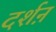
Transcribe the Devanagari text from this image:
दर्शऩ